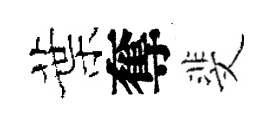
葉奪斐